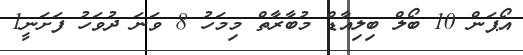
އޯޕަން 10 ބޯލް ބިލިއާޑް މުބާރާތް މިމަހު 8 ވަނަ ދުވަހު ފަށަނީ1